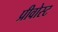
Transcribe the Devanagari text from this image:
प्रीवोस्ट